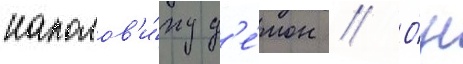
наполов'и́ну д'е́мон // О́н